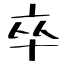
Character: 卒